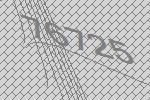
76725